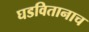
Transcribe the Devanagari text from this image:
घडवितानाच